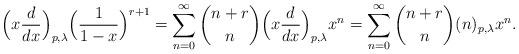
LaTeX: \begin{align*}\Big(x\frac{d}{dx}\Big)_{p,\lambda}\Big(\frac{1}{1-x}\Big)^{r+1}&=\sum_{n=0}^{\infty}\binom{n+r}{n}\Big(x\frac{d}{dx}\Big)_{p,\lambda}x^{n}=\sum_{n=0}^{\infty}\binom{n+r}{n}(n)_{p,\lambda}x^{n}.\\\end{align*}